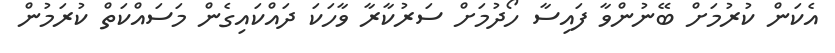
އެކަން ކުރުމަށް ބޭނުންވާ ފައިސާ ހޯދުމަށް ސަރުކާރާ ވާހަކަ ދައްކައިގެން މަސައްކަތް ކުރަމުން